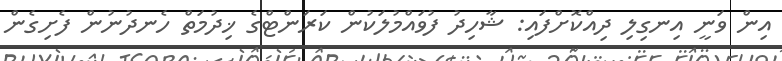
އިން ވަނީ އިނގިލި ދިއްކޮށްފައި: ޝާހިދު ފުވައްމުލަކުން ކަރަންޓްގެ ޚިދުމަތް ހެނދުނުން ފެށިގެން